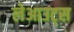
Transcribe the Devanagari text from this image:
लेआउट्स